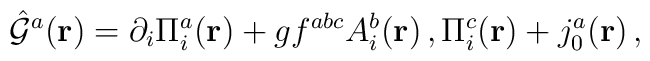
{\hat {\cal G}}^{a}({\bf r})=\partial_{i}\Pi_{i}^{a}({\bf r})+gf^{abc}A_{i}^{b}({\bf r})\,,\Pi_{i}^{c}({\bf r})+j_{0}^{a}({\bf r})\,,